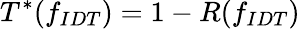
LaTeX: T^{*}(f_{IDT})=1-R(f_{IDT})